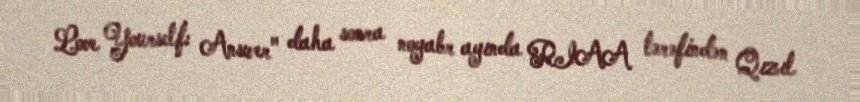
Love Yourself: Answer" daha sonra noyabr ayında RIAA tərəfindən Qızıl